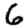
Digit: 6